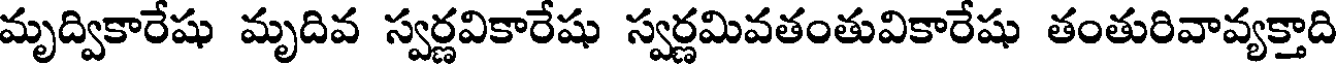
మృద్వికారేషు మృదివ స్వర్ణవికారేషు స్వర్ణమివతంతువికారేషు తంతురివావ్యక్తాది